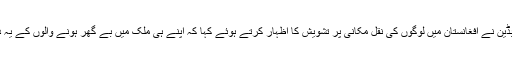
اقوام متحدہ میں مدد مشن کے کوآرڈینیٹر مارک بڈین نے افغانستان میں لوگوں کی نقل مکانی پر تشویش کا اظہار کرتے ہوئے کہا کہ اپنے ہی ملک میں بے گھر ہونے والوں کے یہ درج کئے گئےاعداد و شمار چونکانے والے ہیں۔